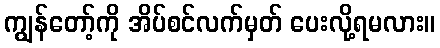
ကျွန်တော့်ကို အိပ်စင်လက်မှတ် ပေးလို့ရမလား။